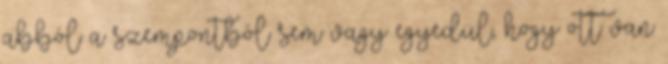
abból a szempontból sem vagy egyedül, hogy ott van